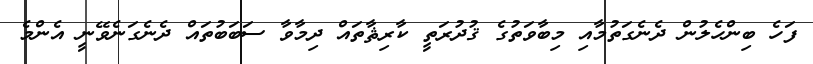
ފަހެ ބިންހެލުން ދެނެގަތުމާއި މިބާވަތުގެ ޤުދުރަތީ ކާރިޘާތައް ދިމާވާ ސަބަބުތައް ދެނެގަނެވޭނީ އެންމެ